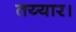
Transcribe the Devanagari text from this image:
तय्यार।